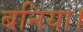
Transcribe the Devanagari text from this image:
बनिया।